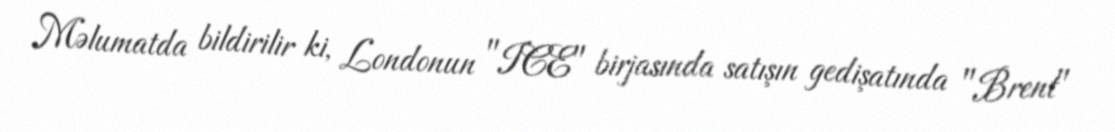
Məlumatda bildirilir ki, Londonun "ICE" birjasında satışın gedişatında "Brent"